65_HS1-834228961_62-HQ-83894_Section_10
Agency: FBI
Page 127
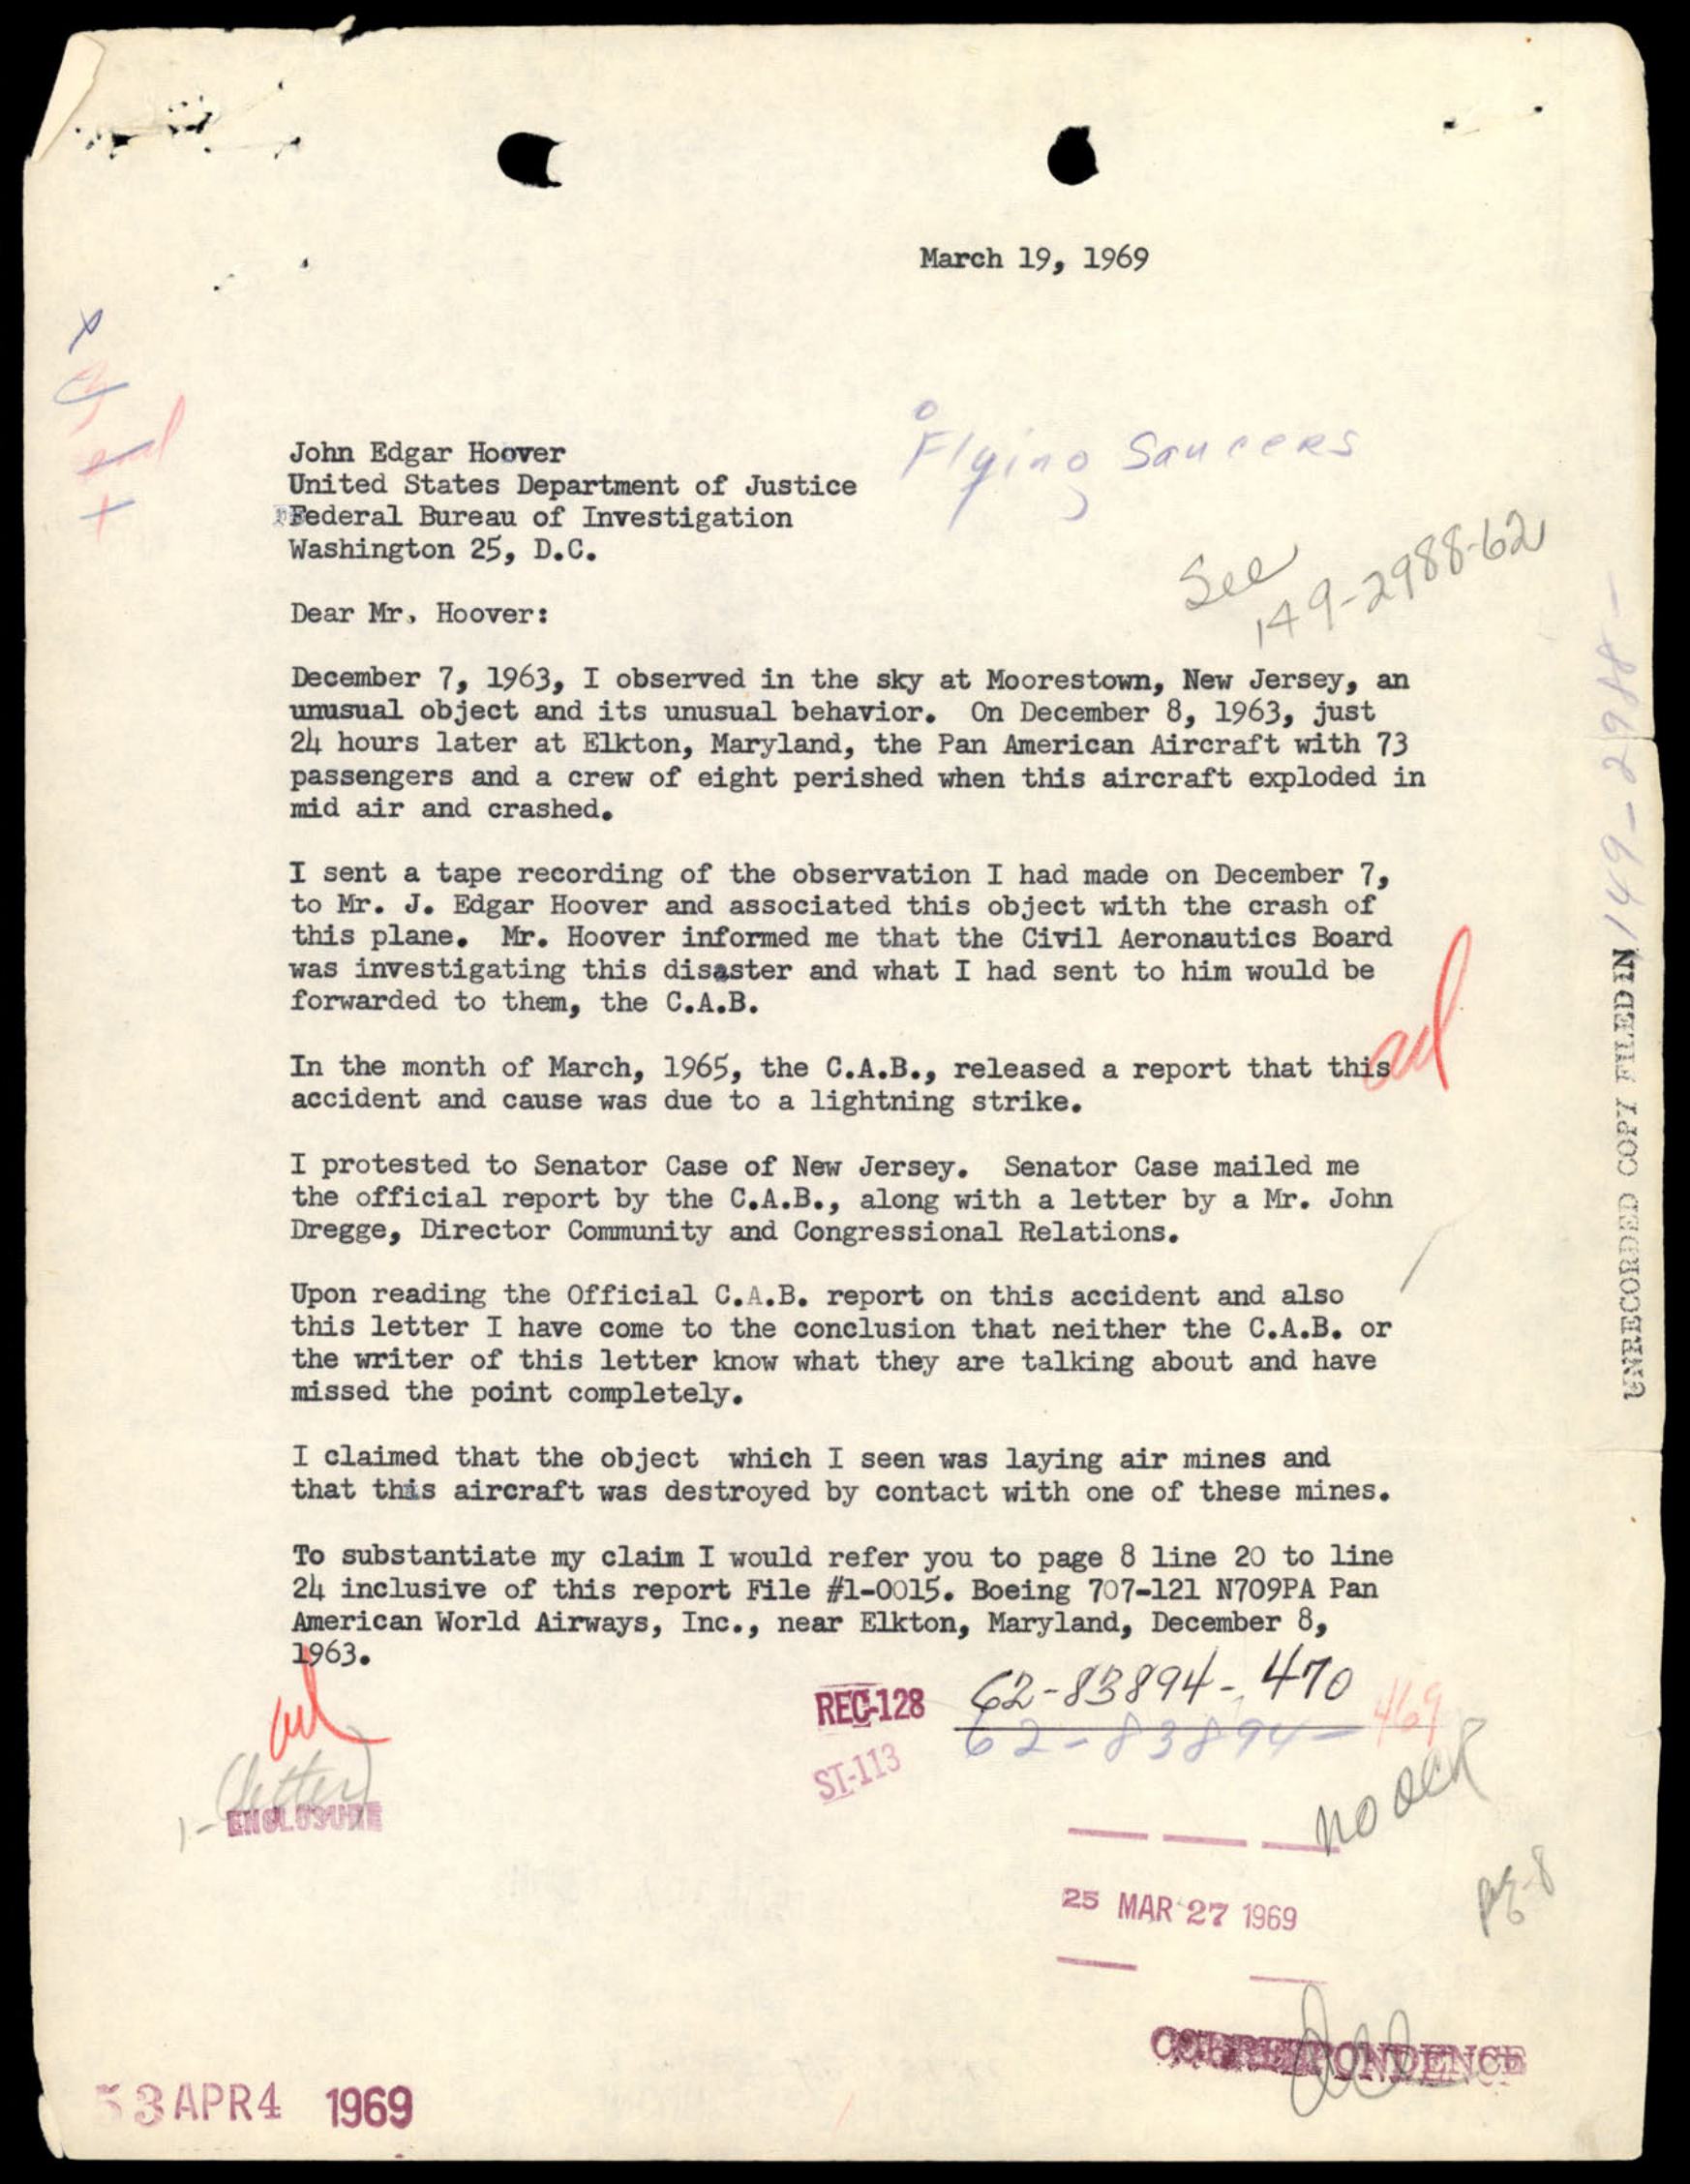